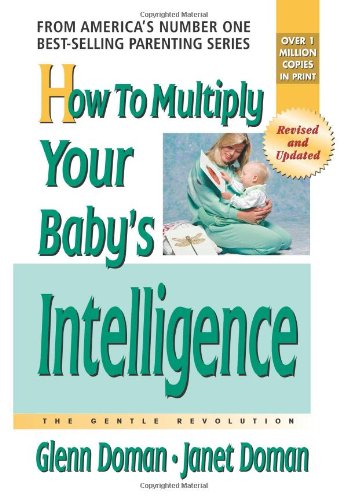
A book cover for How to Multiply Your Baby's Intelligence (The Gentle Revolution Series); Glenn Doman; Education & Teaching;